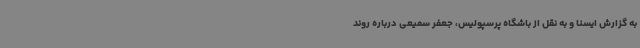
به گزارش ایسنا و به نقل از باشگاه پرسپولیس، جعفر سمیعی درباره روند